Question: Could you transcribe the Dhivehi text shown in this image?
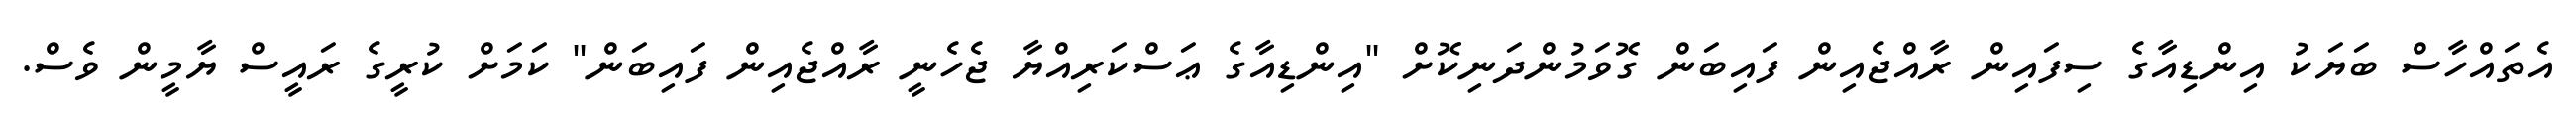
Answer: އެތައްހާސް ބަޔަކު އިންޑިއާގެ ސިފައިން ރާއްޖެއިން ފައިބަން ގޮވަމުންދަނިކޮށް "އިންޑިއާގެ ޢަސްކަރިއްޔާ ޖެހެނީ ރާއްޖެއިން ފައިބަން" ކަމަށް ކުރީގެ ރައީސް ޔާމީން ވެސް.